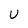
Character: U